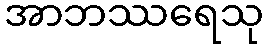
အာဘဿရေသု